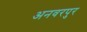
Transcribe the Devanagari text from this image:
अनवरपुर